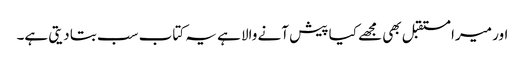
اور میرا مستقبل بھی مجھے کیا پیش آنے والا ہے یہ کتاب سب بتا دیتی ہے۔